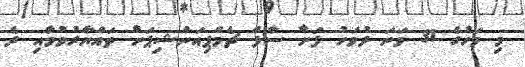
މި މަހުގެ 31 ވަނަ ދުވަހު ފަށާ ސާފް ޗެމްޕިއަންޝިޕަށް ތައްޔާރުވުމާއި ދެ